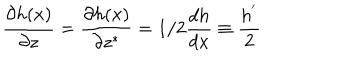
\frac { \partial h ( x ) } { \partial z } = \frac { \partial h ( x ) } { \partial z ^ { * } } = 1 / 2 \frac { d h } { d x } \equiv \frac { h ^ { ' } } { 2 }